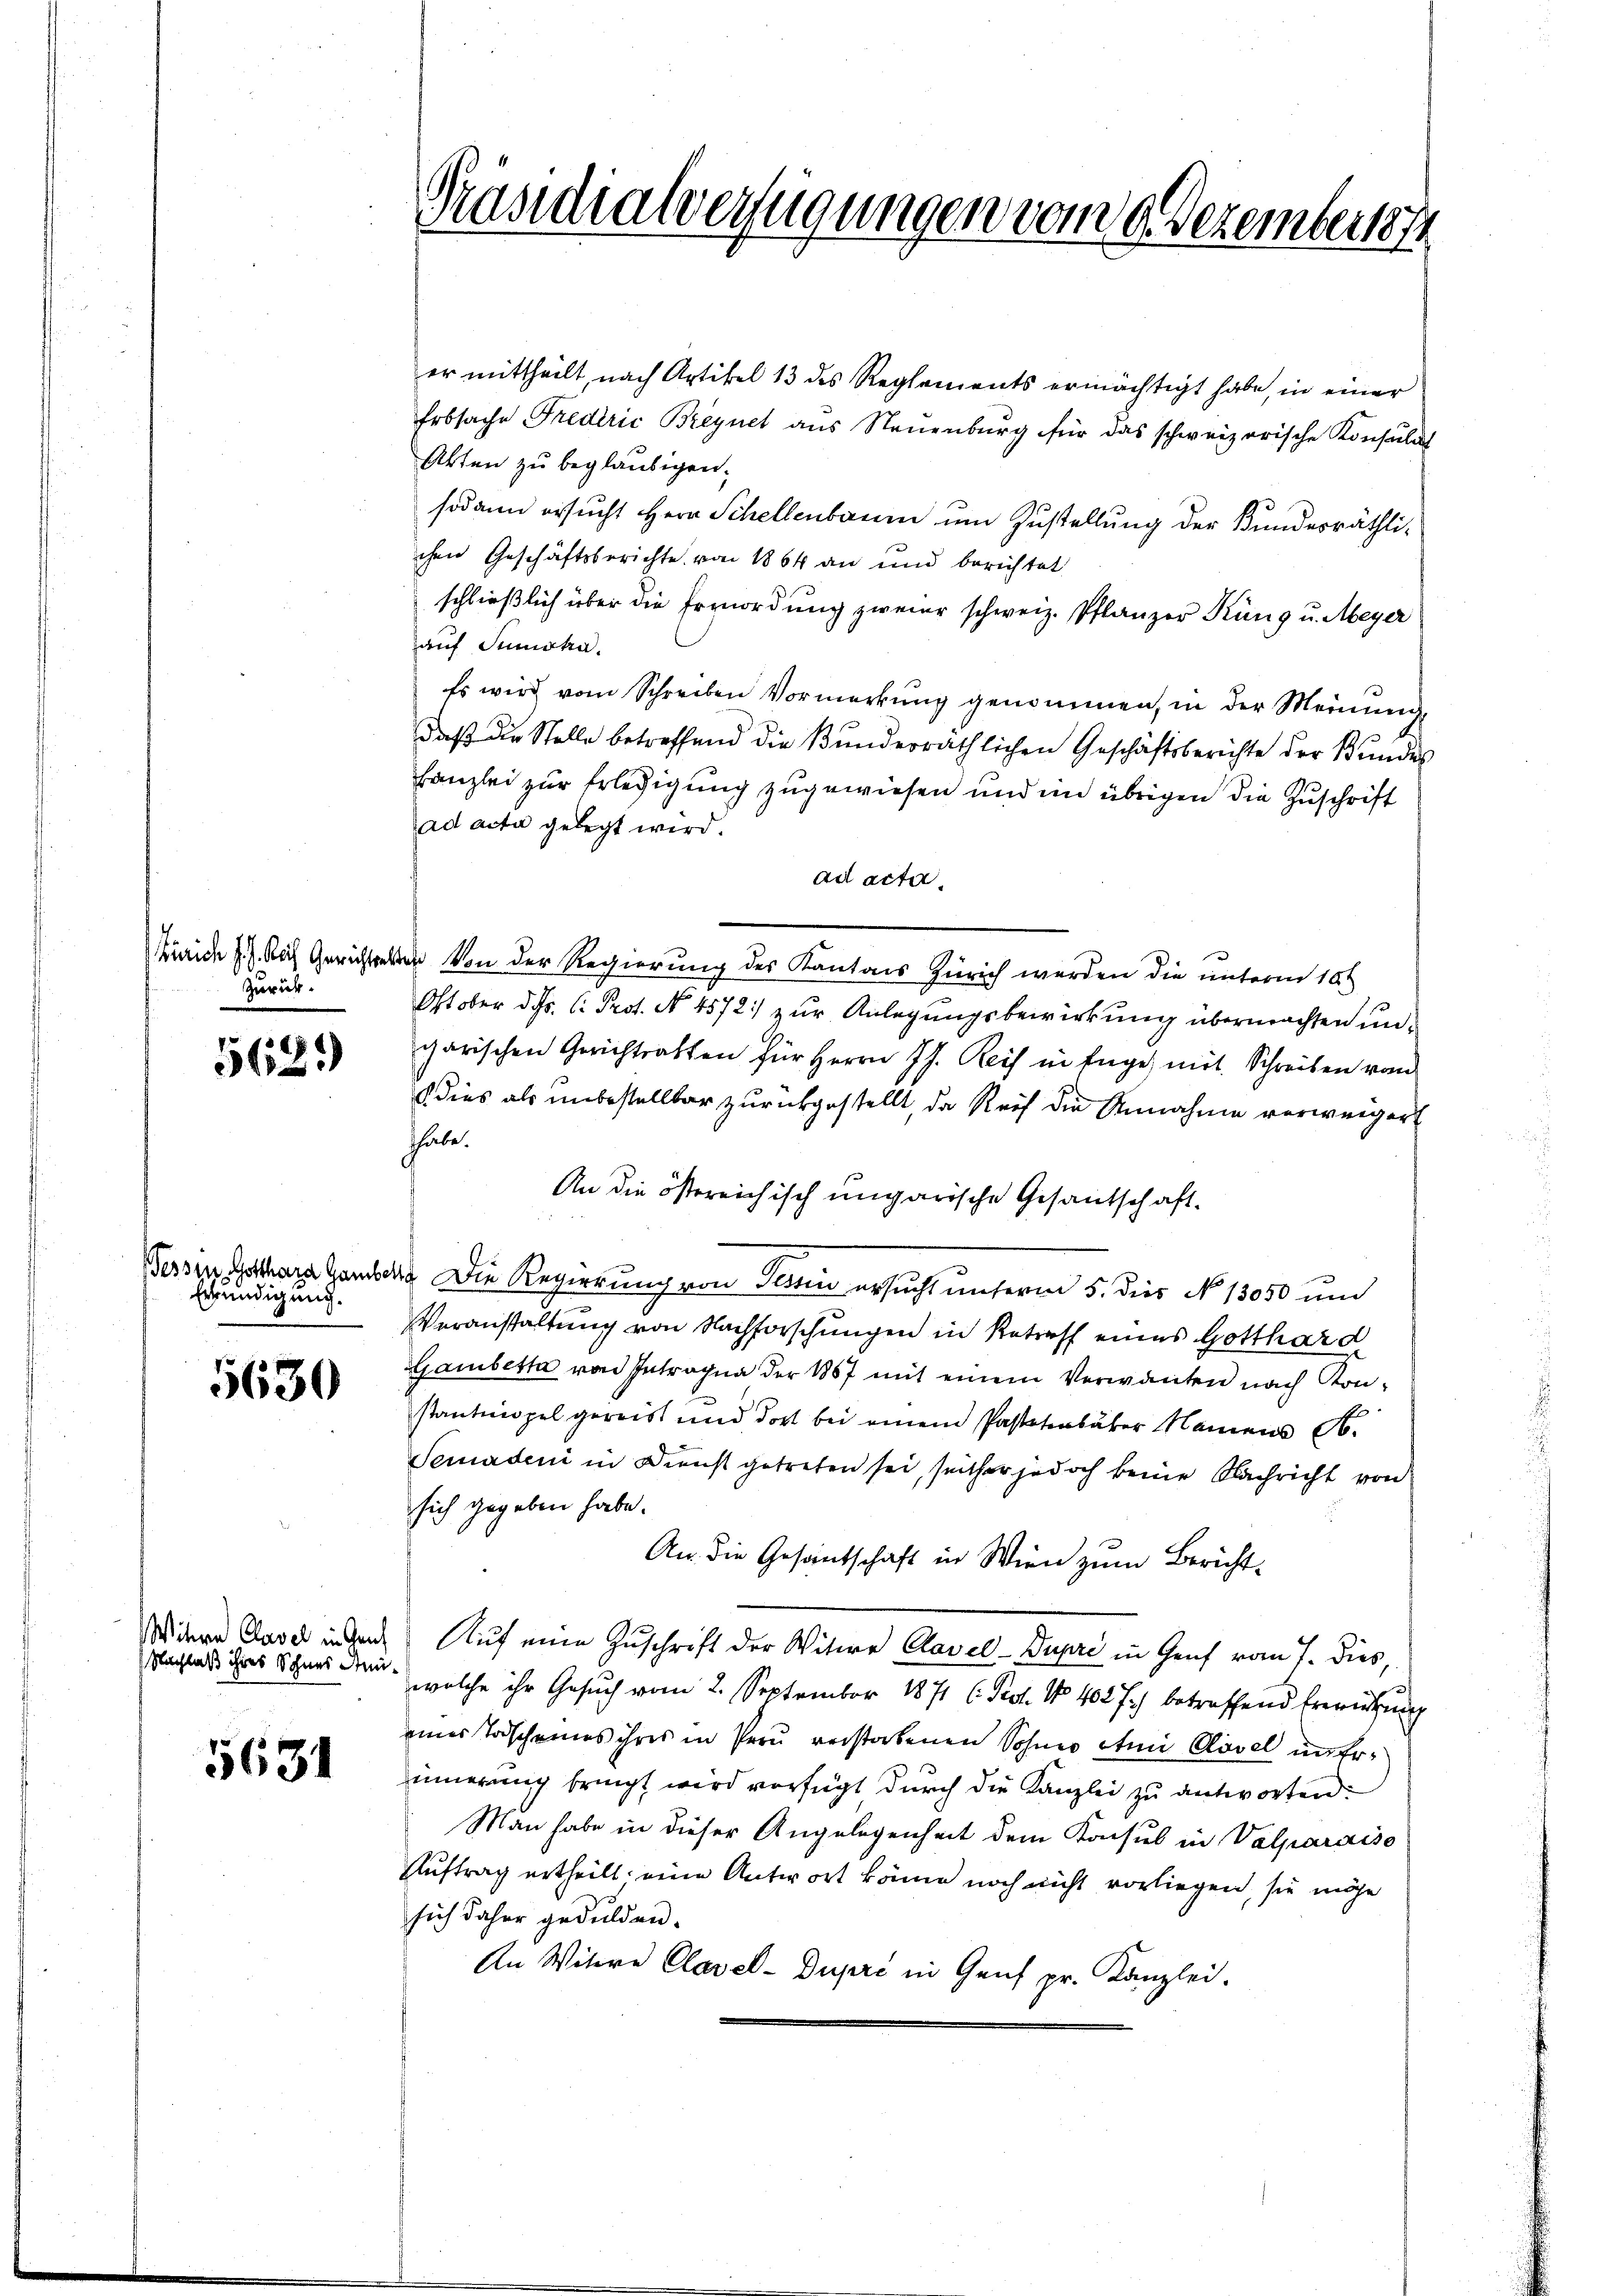
Zurück.

568.)

Erkundigung.

5630

Nachlaß ihres Sohnes An¬

5631

er mittheilt, nach Artikel 13 des Reglements ermächtigt habe, in einer
Erbsache Frederić Breynet aus Neuenburg für das schweizerische Konsulat
Akten zu begläubigen.
sodann ersucht Herr Schellenbaum um Zustellung der Bundesräthliichen Geschäftsberichte von 1864 an und berichtet
schließlich über die Ermordung zweier schweiz. Pflanzer Küng u. Meyer
auf Sumska.
Es wird vom Schreiben Vormerkung genommen, in der Meinung
daß die Stelle betreffend die Bunderräthlichen Geschäftsberichte der Kundes
kanzlei zur Erledigung zugewiesen und im übrigen die Zuschrift
ad acta gelegt wird.
ad acta.
ürich f.). Nach Gerichteten von der Regierung des Kantons Zürich werden die unterm 10t
Oktober d. Js. l. Prot. No. 4572. zur Anlegungsbewirkung übermachten ungarischen Gerichtsalten für Herrn J. Reis in Enge, mit Schreiben vom
 dies als unbestellbar zurückgestellt, da Reif die Annahme verweigert
thabe.
An die östereichisch ungarische Gesandschaft.
Sessen Gotter Hamberg. Die Regierung von Senn ersucht unterm 5. dies No. 15050 und
Veranstaltung von Nachforschungen in Retreff eines Gotthard
Gambetta von Intragna der 1887 mit einem Verwanten nach Konstantinopel gereist und dort bei einem Pastetenbaker Namens A.
Semadeni in Dienst getreten sei, seither jedoch keine Nachricht von
sich gegeben habe.
An die Gesantschaft in Wien zum Bericht¬
Winen Tavel in den Auf eine Zuschrift der Witwe Clavel-Dupre in Genf vom 7. dies,
welche ihr Gesuch vom 2. September 1871 C. Prot. No 402 7) betreffend Erwirkung
eines Todscheines ihres in Preu verstorbenen Sohnes etmi Clavel unerinnerung bringt wird verfügt durch die Kanzlei zu antworten.
Man habe in dieser Angelegenheit dem Konsul in Valparaiso
Auftrag ertheilt, eine Antwort könne noch nicht vorliegen, sie möge
sich daher gedulden.
An Witere Clavel-Dupri in Genf pr. Kanzlei.

Präsidialverfügungen vom 9 Dezember 1874